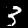
Digit: 3